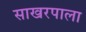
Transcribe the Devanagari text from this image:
साखरपाला